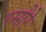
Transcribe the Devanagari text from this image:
रमोरे